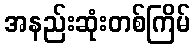
အနည်းဆုံးတစ်ကြိမ်